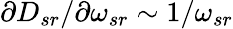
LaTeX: \partial D_{sr}/\partial\omega_{sr}\sim 1/\omega_{sr}